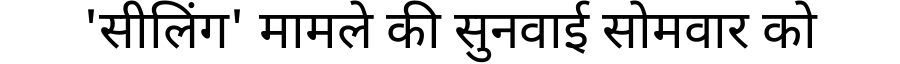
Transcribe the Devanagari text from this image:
'सीलिंग' मामले की सुनवाई सोमवार को